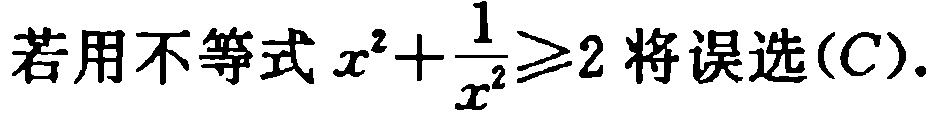
若用不等式\(x^{2}+\frac{1}{x^{2}}\geqslant2\)将误选\((C)\).